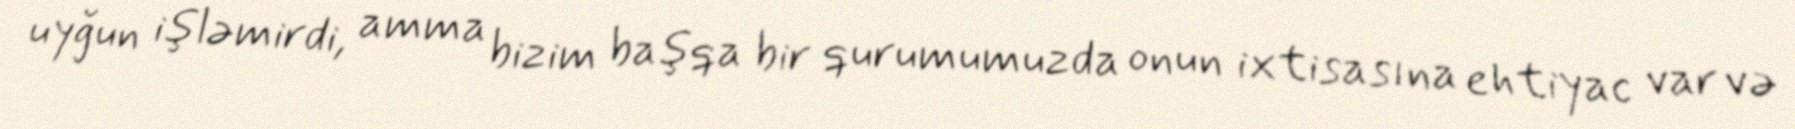
uyğun işləmirdi, amma bizim başqa bir qurumumuzda onun ixtisasına ehtiyac var və